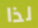
لذا